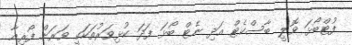
ފުޓްބޯޅަ ވޮލީ ބާސްކެޓް އަދި ނެޓް ބޯޅަ ފަދަ ކުޅިވަރުތަކަކީ ވަރަށް ފޯރިއާ